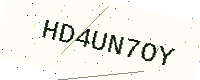
Text: HD4UN7OY